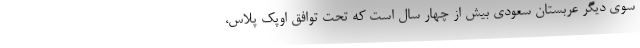
سوی دیگر عربستان سعودی بیش از چهار سال است که تحت توافق اوپک پلاس،